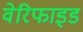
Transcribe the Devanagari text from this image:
वेरिफाइड